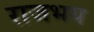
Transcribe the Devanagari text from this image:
राजभय